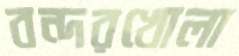
বন্দরখোলা